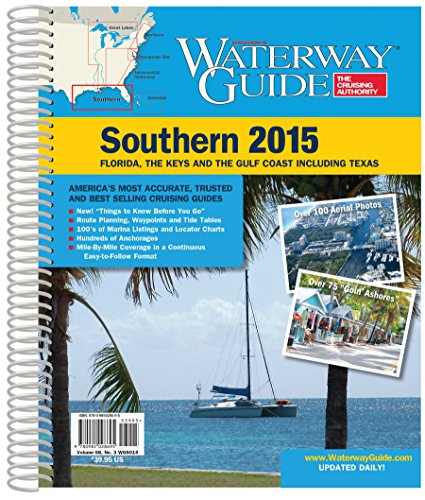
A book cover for Waterway Guide Southern 2015 (Waterway Guide Southern Edition); Waterway Guide Media; Travel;